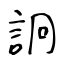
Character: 詗